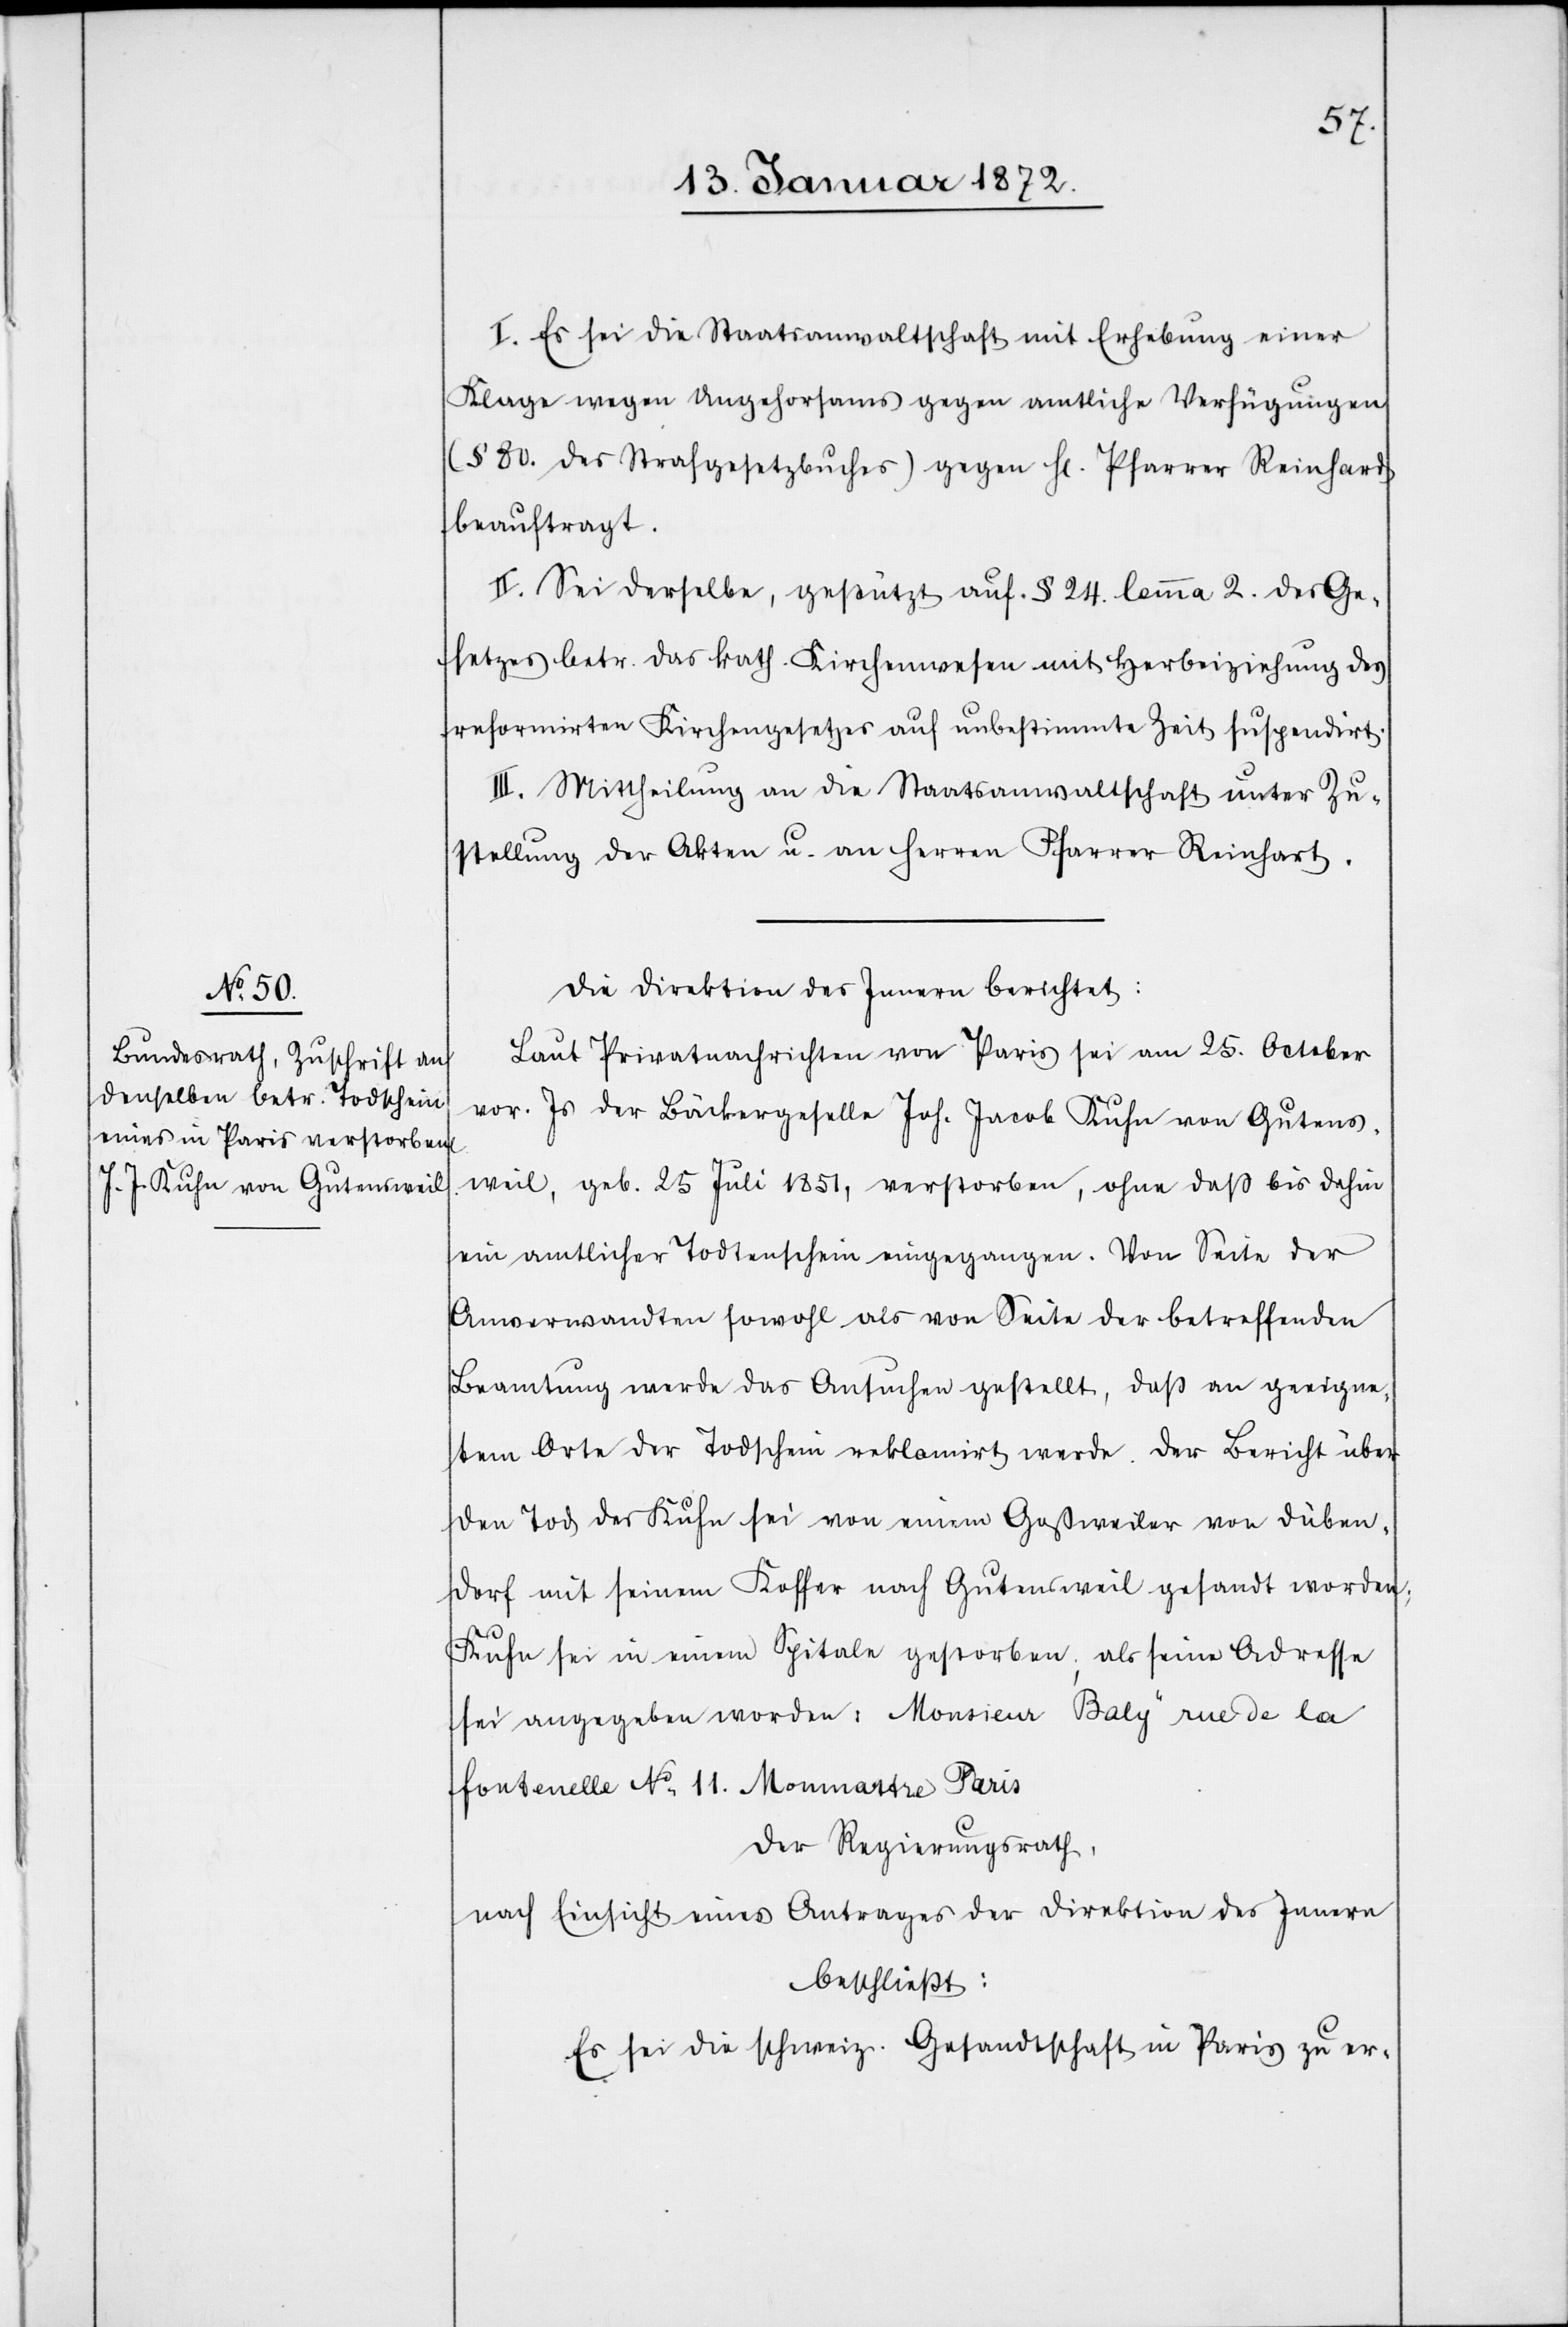
I. Es sei die Staatsanwaltschaft mit Erhebung einer
Klage wegen Ungehorsams gegen amtliche Verfügungen
(§ 80. des Strafgesetzbuches) gegen H[erren] Pfarrer Reinhard
beauftragt.
II. Sei derselbe, gestützt auf § 24. lemma 2. des Ge¬
setzes betr. das kath. Kirchenwesen mit Herbeiziehung des
reformirten Kirchengesetzes auf unbestimmte Zeit suspendirt.
III. Mittheilung an die Staatsanwaltschaft unter Zu¬
stellung der Akten u. an Herren Pfarrer Reinhart.
Die Direktion des Innern berichtet:
Laut Privatnachrichten von Pars sei am 25. October
vor. Js. der Bäckergeselle Joh. Jacob Kuhn von Gutens¬
weil, geb. 25 Juli 1851, verstorben, ohne daß bis dahin
ein amtlicher Todtenschein eingegangen. Von Seite der
Anverwandten sowohl als von Seite der betreffenden
Beamtung werde das Ansuchen gestellt, daß an geeigne¬
tem Orte der Todschein reklamirt werde. Der Bericht über
den Tod des Kuhn sei von einem Goßweiler von Düben¬
dorf mit seinem Koffer nach Gutensweil gesandt worden;
Kuhn sei in einem Spitale gestorben; als seine Adresse
sei angegeben worden: Monsieur Baly rue de la
fontenelle No 11. Monmartre Paris.
Der Regierungsrath,
nach Einsicht eines Antrages der Direktion des Innern
beschließt:
Es sei die schweiz. Gesandtschaft in Paris zu er-